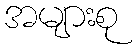
အများစု